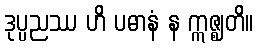
ဒုပ္ပညဿ ဟိ ပဓာနံ န ဣဇ္ဈတိ။